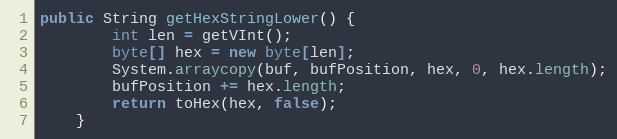
Language: Java
public String getHexStringLower() {
		int len = getVInt();
		byte[] hex = new byte[len];
		System.arraycopy(buf, bufPosition, hex, 0, hex.length);
		bufPosition += hex.length;
		return toHex(hex, false);
	}